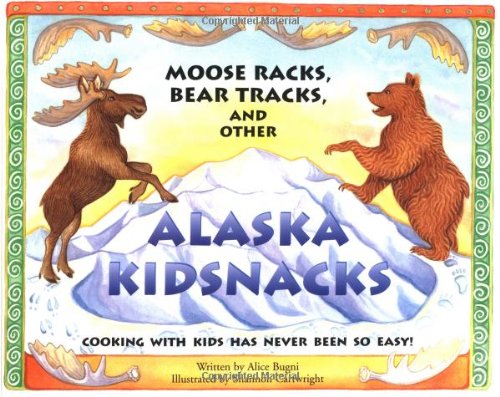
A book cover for Moose Racks, Bear Tracks, and Other Kid Snacks: Cooking with Kids Has Never Been So Easy! (PAWS IV); Alice Bugni; Cookbooks, Food & Wine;